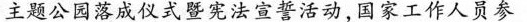
主题公园落成仪式暨宪法宣誓活动，国家工作人员参